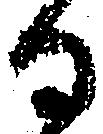
ひ